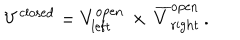
V ^ { \mathrm { c l o s e d } } = V _ { \mathrm { l e f t } } ^ { \mathrm { o p e n } } \, \times \, \overline { { { V } } } _ { \mathrm { r i g h t } } ^ { \mathrm { o p e n } } \, .